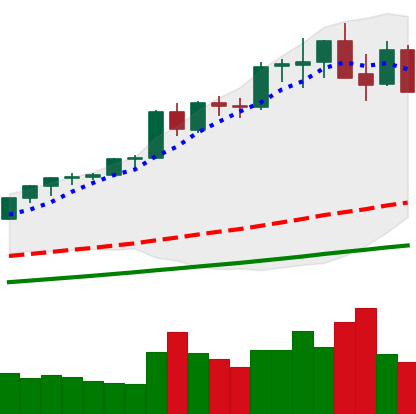
Ticker: ETH-USD
Chart end date: 2021-05-15
Forward return: -23.469%
Label: down_7plus